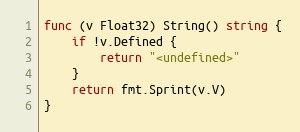
Language: Go
func (v Float32) String() string {
	if !v.Defined {
		return "<undefined>"
	}
	return fmt.Sprint(v.V)
}